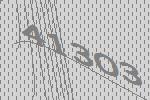
41303